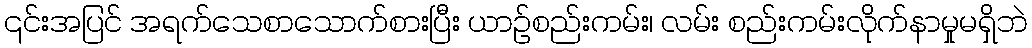
၎င်းအပြင် အရက်သေစာသောက်စားပြီး ယာဉ်စည်းကမ်း၊ လမ်း စည်းကမ်းလိုက်နာမှုမရှိဘဲ